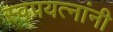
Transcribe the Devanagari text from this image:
स्वप्रयत्‍नांनी